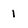
Character: 1